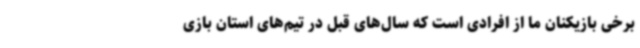
برخی بازیکنان ما از افرادی است که سال‌های قبل در تیم‌های استان بازی